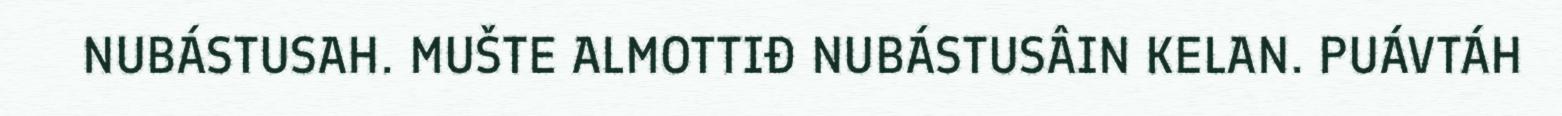
NUBÁSTUSAH. MUŠTE ALMOTTIĐ NUBÁSTUSÂIN KELAN. PUÁVTÁH